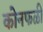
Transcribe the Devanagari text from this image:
कोनफळी